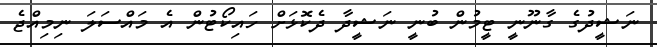
ނަޝީދުގެ ގާނޫނީ ޓީމުން ބުނީ ނަޝީދާ ދެކޮޅަށް ހައިކޯޓުން އެ މައްސަލަ ނިމިއްޖެ